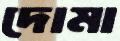
দোমা